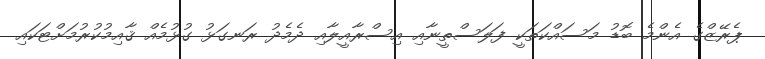
ޕެރޭޒްގެ އެންމެ ބޮޑު މަސައްކަތަކީ ފަލަސްތީނާއި އިސްރާއީލާއި ދެމެދު ރަނގަޅު ގުޅުމެއް ޤާއިމުކުރުމަށްޓަކައި